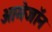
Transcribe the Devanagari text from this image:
आमेजॉन